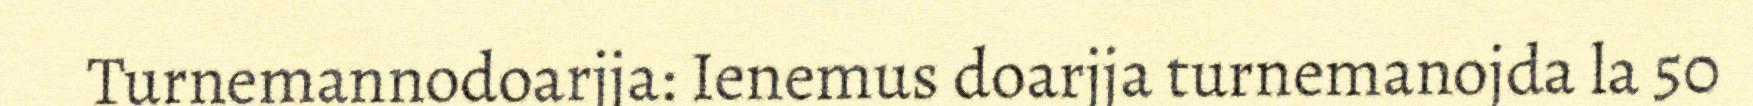
Turnemannodoarjja: Ienemus doarjja turnemanojda la 50